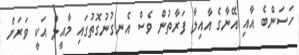
ހަސަންބެ އާއި އޭނާގެ އާއިލާ ފަރާތުން ވެސް އެނގުނުގޮތުގައި މާއީލް އަކީ ވަރަށް